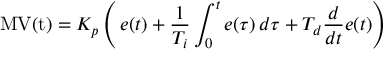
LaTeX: \mathrm { M V ( t ) } = K _ { p } \left( \, { e ( t ) } + { \frac { 1 } { T _ { i } } } \int _ { 0 } ^ { t } { e ( \tau ) } \, { d \tau } + T _ { d } { \frac { d } { d t } } e ( t ) \right)